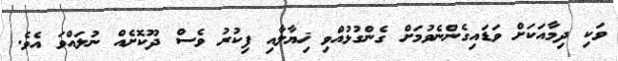
ވަކި ދިމާއަކަށް ވަޑައިގެންނެވުމަށް ގެންގުޅުއްވި ޚިޔާލާއި ފިކުރު ވެސް ދޫކޮށެއް ނުލައްވަ އެވެ.